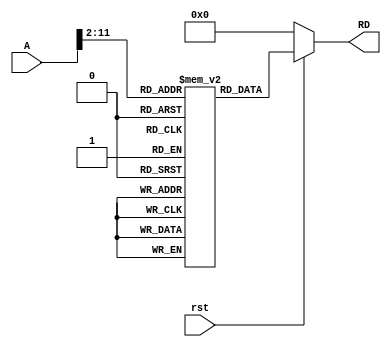
module instruction_memory(A,RD,rst);

    input[31:0] A;
    input rst;

    reg [31:0] mem [1023:0];
    
    output [31:0] RD;

    assign RD = (rst == 1'b0) ? 32'h00000000 : mem[A[31:2]];

    initial begin
        mem[0] = 32'hFFC4A303;
    end

endmodule